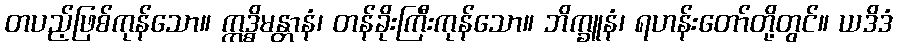
တပည့်ဖြစ်ကုန်သော။ ဣဒ္ဓိမန္တာနံ၊ တန်ခိုးကြီးကုန်သော။ ဘိက္ခူနံ၊ ရဟန်းတော်တို့တွင်။ ယဒိဒံ